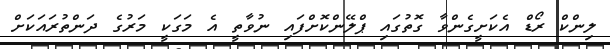
ލިންކް ރޯޑް އެކަށީގެންވާ ގޮތުގައި ޕްލޭންކޮށްފައި ނުވާތީ އެ މަގަކީ މަރުގެ ދަންތުރައަކަށް